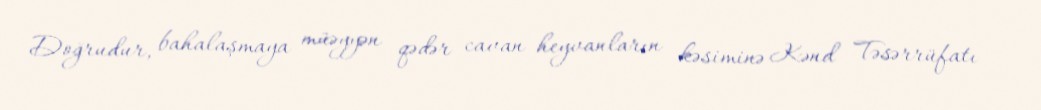
Doğrudur, bahalaşmaya müəyyən qədər cavan heyvanların kəsiminə Kənd Təsərrüfatı